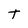
Character: T